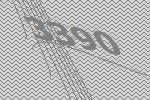
3390